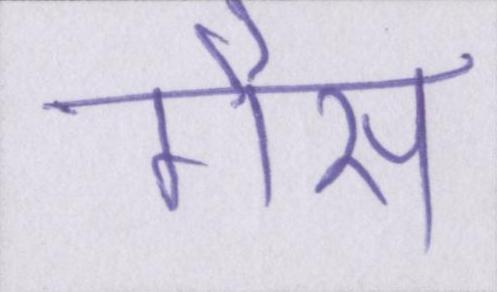
गैस